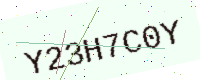
Text: Y23H7C0Y